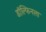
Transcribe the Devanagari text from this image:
डॉल्फिनला